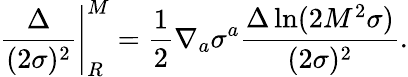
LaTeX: \left.\frac{\Delta}{(2\sigma)^{2}}\right|_{R}^{M}=\frac{1}{2}\nabla_{a}\sigma^{a}\frac{\Delta\ln(2M^{2}\sigma)}{(2\sigma)^{2}}.